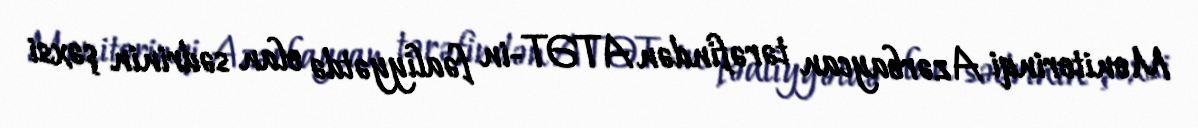
Monitorinqi Azərbaycan tərəfindən ATƏT-in fəaliyyətdə olan sədrinin şəxsi